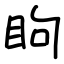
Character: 眗